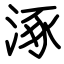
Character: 涿